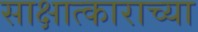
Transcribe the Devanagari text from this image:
साक्षात्काराच्या